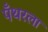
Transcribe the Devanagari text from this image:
पँथरला